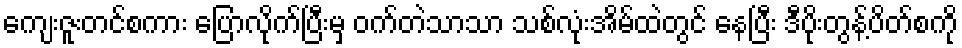
ကျေးဇူးတင်စကား ပြောလိုက်ပြီးမှ ဝက်တဲသာသာ သစ်လုံးအိမ်ထဲတွင် နေပြီး ဒီပိုးတွန့်ပိတ်စကို